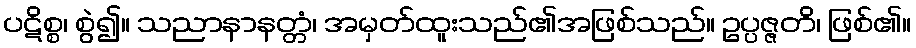
ပဋိစ္စ၊ စွဲ၍။ သညာနာနတ္တံ၊ အမှတ်ထူးသည်၏အဖြစ်သည်။ ဥပ္ပဇ္ဇတိ၊ ဖြစ်၏။